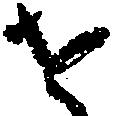
せ